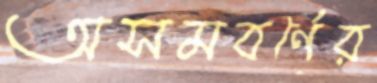
অসমবর্ণের